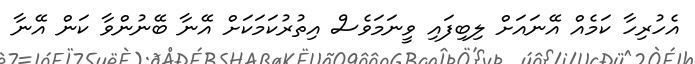
އެހުރިހާ ކަމެއް އޭނައަށް ލިބިފައި ވީނަމަވެސް އިތުރުކަމަކަށް އޭނާ ބޭނުންވާ ކަން އޭނާ